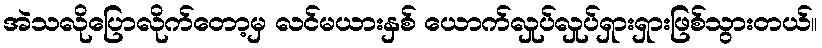
အဲသလိုပြောလိုက်တော့မှ လင်မယားနှစ် ယောက်လှုပ်လှုပ်ရှားရှားဖြစ်သွားတယ်။